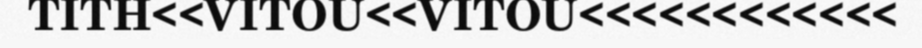
TITH<<VITOU<<VITOU<<<<<<<<<<<<